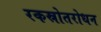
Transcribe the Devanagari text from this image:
रकस्रोतरोधन